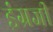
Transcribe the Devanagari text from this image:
इंंग्रजी